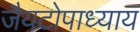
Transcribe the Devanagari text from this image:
जैयटोपाध्याय